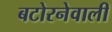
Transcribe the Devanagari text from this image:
बटोरनेवाली